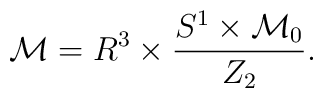
{\cal M}=R^3\times\frac{S^1\times {\cal M}_0}{Z_2}.